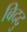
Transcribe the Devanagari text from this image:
बिददु